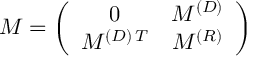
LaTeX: M = \left( \begin{array} { c c } { { 0 } } & { { M ^ { ( D ) } } } \\ { { M ^ { ( D ) \, T } } } & { { M ^ { ( R ) } } } \end{array} \right)